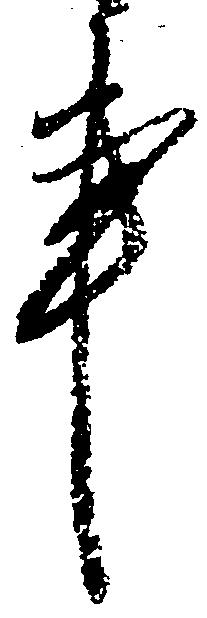
事